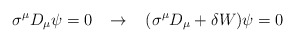
\begin{align*}\sigma^{\mu} D_{\mu} \psi = 0 \; \; \; \rightarrow \; \; \;(\sigma^{\mu} D_{\mu} + \delta W) \psi = 0\end{align*}